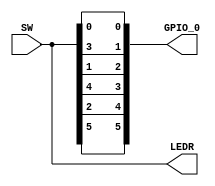
module Project(input [5:0]SW,output reg [5:0]GPIO_0, output reg [5:0]LEDR);
always GPIO_0[0] <= SW[0];
always GPIO_0[2] <= SW[1];
always GPIO_0[4] <= SW[2];
always GPIO_0[1] <= SW[3];
always GPIO_0[3] <= SW[4];
always GPIO_0[5] <= SW[5];
always LEDR <= SW;
endmodule